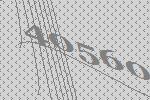
40560